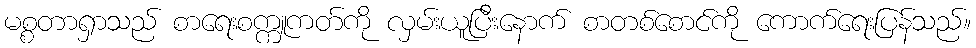
မစ္စတာရှာသည် စာရေးစက္ကူကတ်ကို လှမ်းယူပြီးနောက် စာတစ်စောင်ကို ကောက်ရေးပြန်သည်။